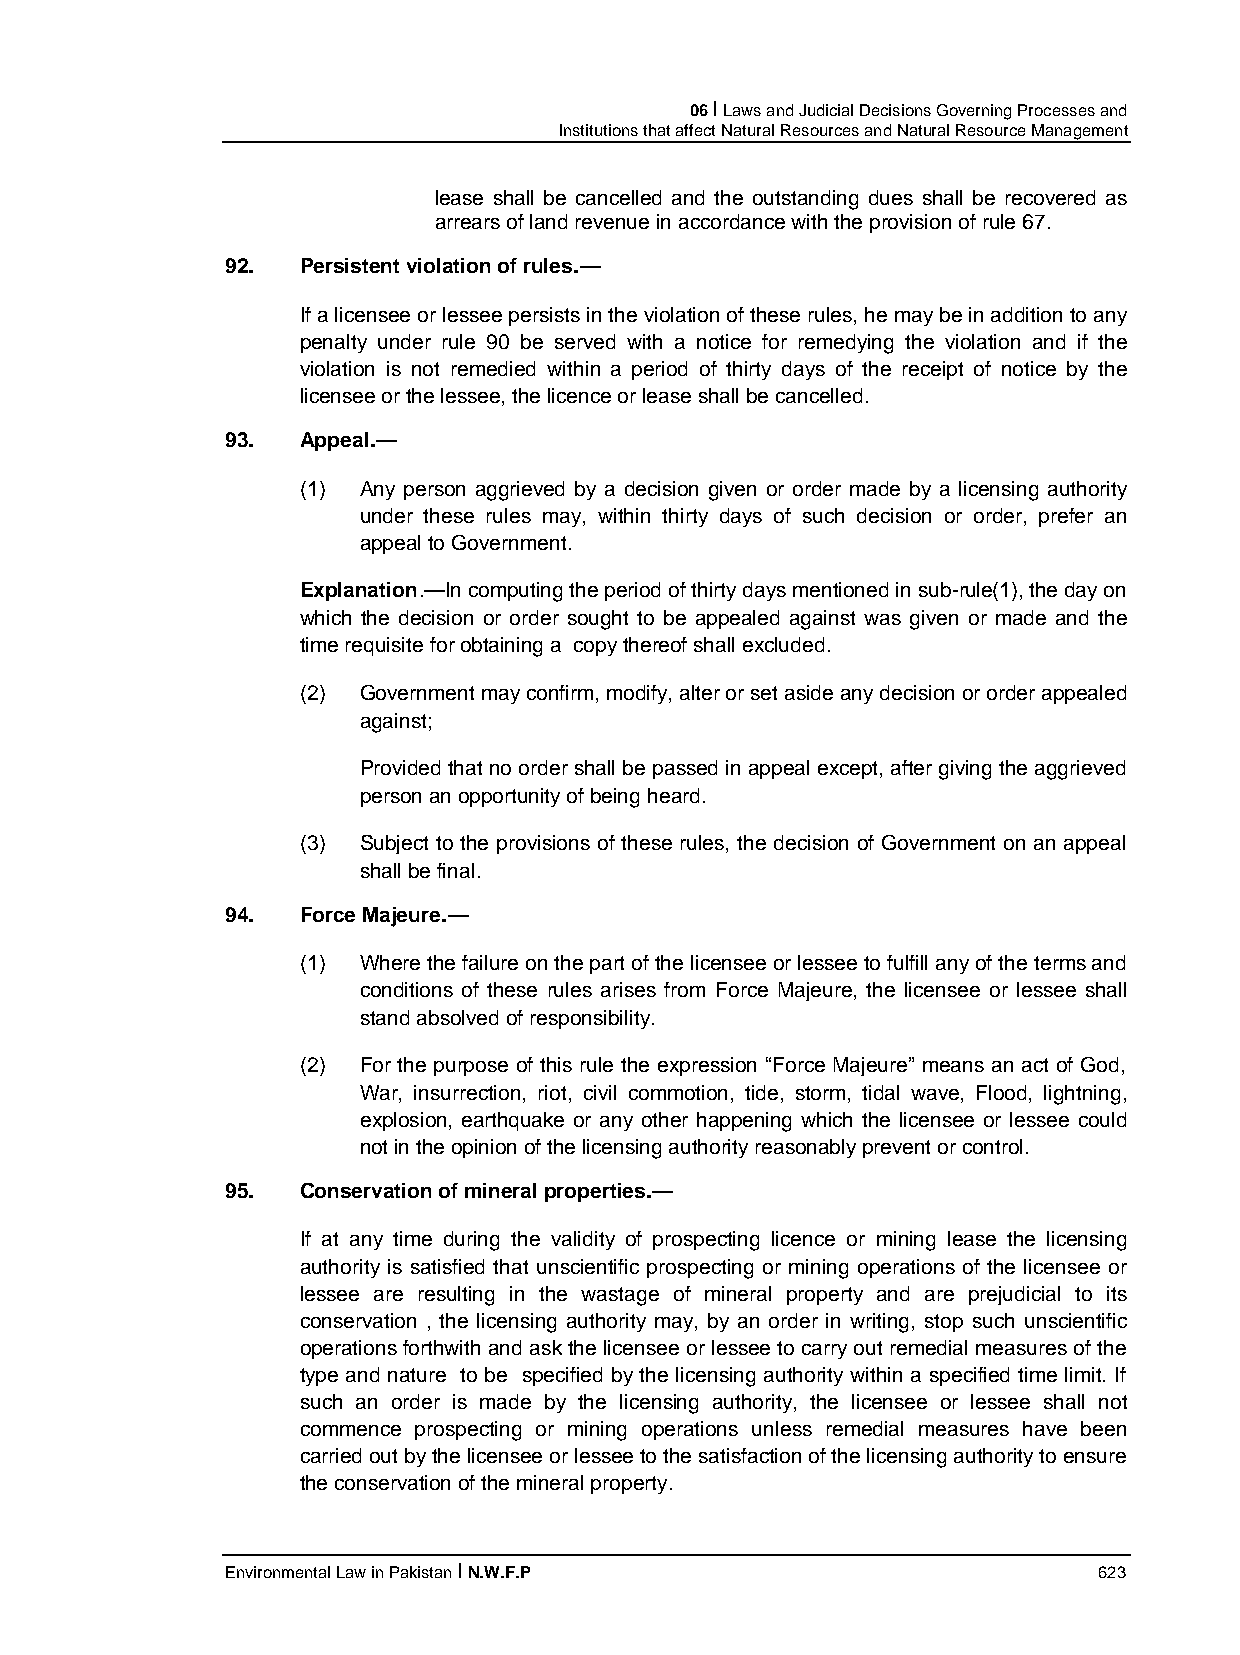
06 I Laws and Judicial Decisions Governing Processes and
 Institutions that affect Natural Resources and Natural Resource Management
 lease shall be cancelled and the outstanding dues shall be recovered as
 arrears of land revenue in accordance with the provision of rule 67.
 92.  Persistent violation of rules.—
 If a licensee or lessee persists in the violation of these rules, he may be in addition to any
 penalty under rule 90 be served with a notice for remedying the violation and if the
 violation is not remedied within a period of thirty days of the receipt of notice by the
 licensee or the lessee, the licence or lease shall be cancelled.
 93.  Appeal.—
 (1) Any person aggrieved by a decision given or order made by a licensing authority
 under these rules may, within thirty days of such decision or order, prefer an
 appeal to Government.
 Explanation.—In computing the period of thirty days mentioned in sub-rule(1), the day on
 which the decision or order sought to be appealed against was given or made and the
 time requisite for obtaining a copy thereof shall excluded.
 (2) Government may confirm, modify, alter or set aside any decision or order appealed
 against;
 Provided that no order shall be passed in appeal except, after giving the aggrieved
 person an opportunity of being heard.
 (3) Subject to the provisions of these rules, the decision of Government on an appeal
 shall be final.
 94.  Force Majeure.—
 (1) Where the failure on the part of the licensee or lessee to fulfill any of the terms and
 conditions of these rules arises from Force Majeure, the licensee or lessee shall
 stand absolved of responsibility.
 (2) For the purpose of this rule the expression “Force Majeure” means an act of God,
 War, insurrection, riot, civil commotion, tide, storm, tidal wave, Flood, lightning,
 explosion, earthquake or any other happening which the licensee or lessee could
 not in the opinion of the licensing authority reasonably prevent or control.
 95.  Conservation of mineral properties.—
 If at any time during the validity of prospecting licence or mining lease the licensing
 authority is satisfied that unscientific prospecting or mining operations of the licensee or
 lessee are resulting in the wastage of mineral property and are prejudicial to its
 conservation , the licensing authority may, by an order in writing, stop such unscientific
 operations forthwith and ask the licensee or lessee to carry out remedial measures of the
 type and nature to be specified by the licensing authority within a specified time limit. If
 such an order is made by the licensing authority, the licensee or lessee shall not
 commence prospecting or mining operations unless remedial measures have been
 carried out by the licensee or lessee to the satisfaction of the licensing authority to ensure
 the conservation of the mineral property.
 Environmental Law in Pakistan I N.W.F.P                   623